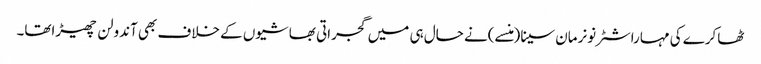
ٹھاکرے کی مہاراشٹرنونرمان سینا(منسے)نے حال ہی میں گجراتی بھاشیوں کے خلاف بھی آندولن چھیڑاتھا۔